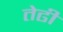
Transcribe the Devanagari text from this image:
तेढी